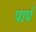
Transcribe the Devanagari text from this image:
पार्प